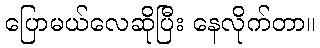
ပြောမယ်လေဆိုပြီး နေလိုက်တာ။